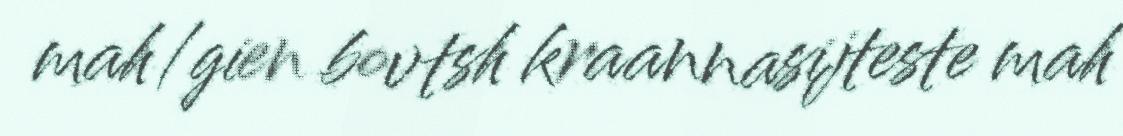
mah/gien bovtsh kraannasijteste mah